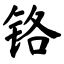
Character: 铬